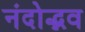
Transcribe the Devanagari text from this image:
नंदोद्भव